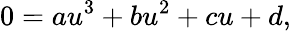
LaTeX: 0=au^{3}+bu^{2}+cu+d,